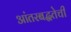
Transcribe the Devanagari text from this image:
आंतरबद्धतेची